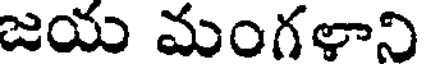
జయ మంగళాని